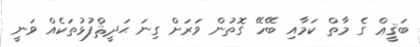
ބަޤީޢް ގެ މާތް ކަމާއި ބޭހޭ ގޮތުން ވަރަށް ގިނަ ޙަދީޘްފުޅުތަކެއް ވަނީ